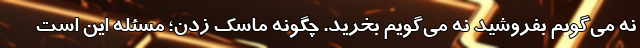
نه می‌گویم بفروشید نه می‌گویم بخرید. چگونه ماسک زدن؛ مسئله این است